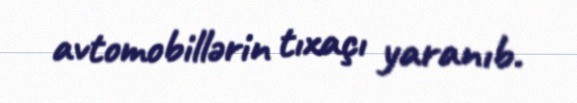
avtomobillərin tıxaçı yaranıb.